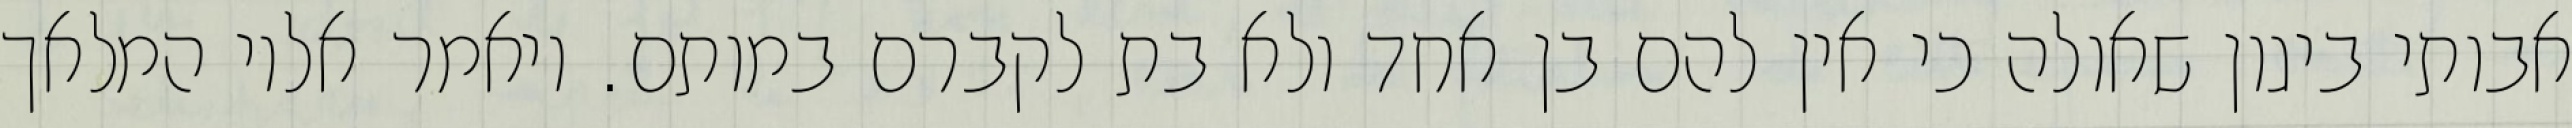
אבותי ביגון שאולה כי אין להם בן אחד ולא בת לקברם במותם. ויאמר אליו המלאך